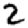
Digit: 2